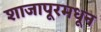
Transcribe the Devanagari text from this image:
शाजापूरमधून